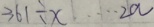
3 6 1 \div x \cdots 2 a